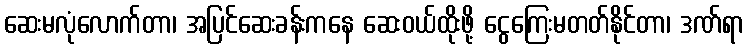
ဆေးမလုံလောက်တာ၊ အပြင်ဆေးခန်းကနေ ဆေးဝယ်ထိုးဖို့ ငွေကြေးမတတ်နိုင်တာ၊ ဒဏ်ရာ